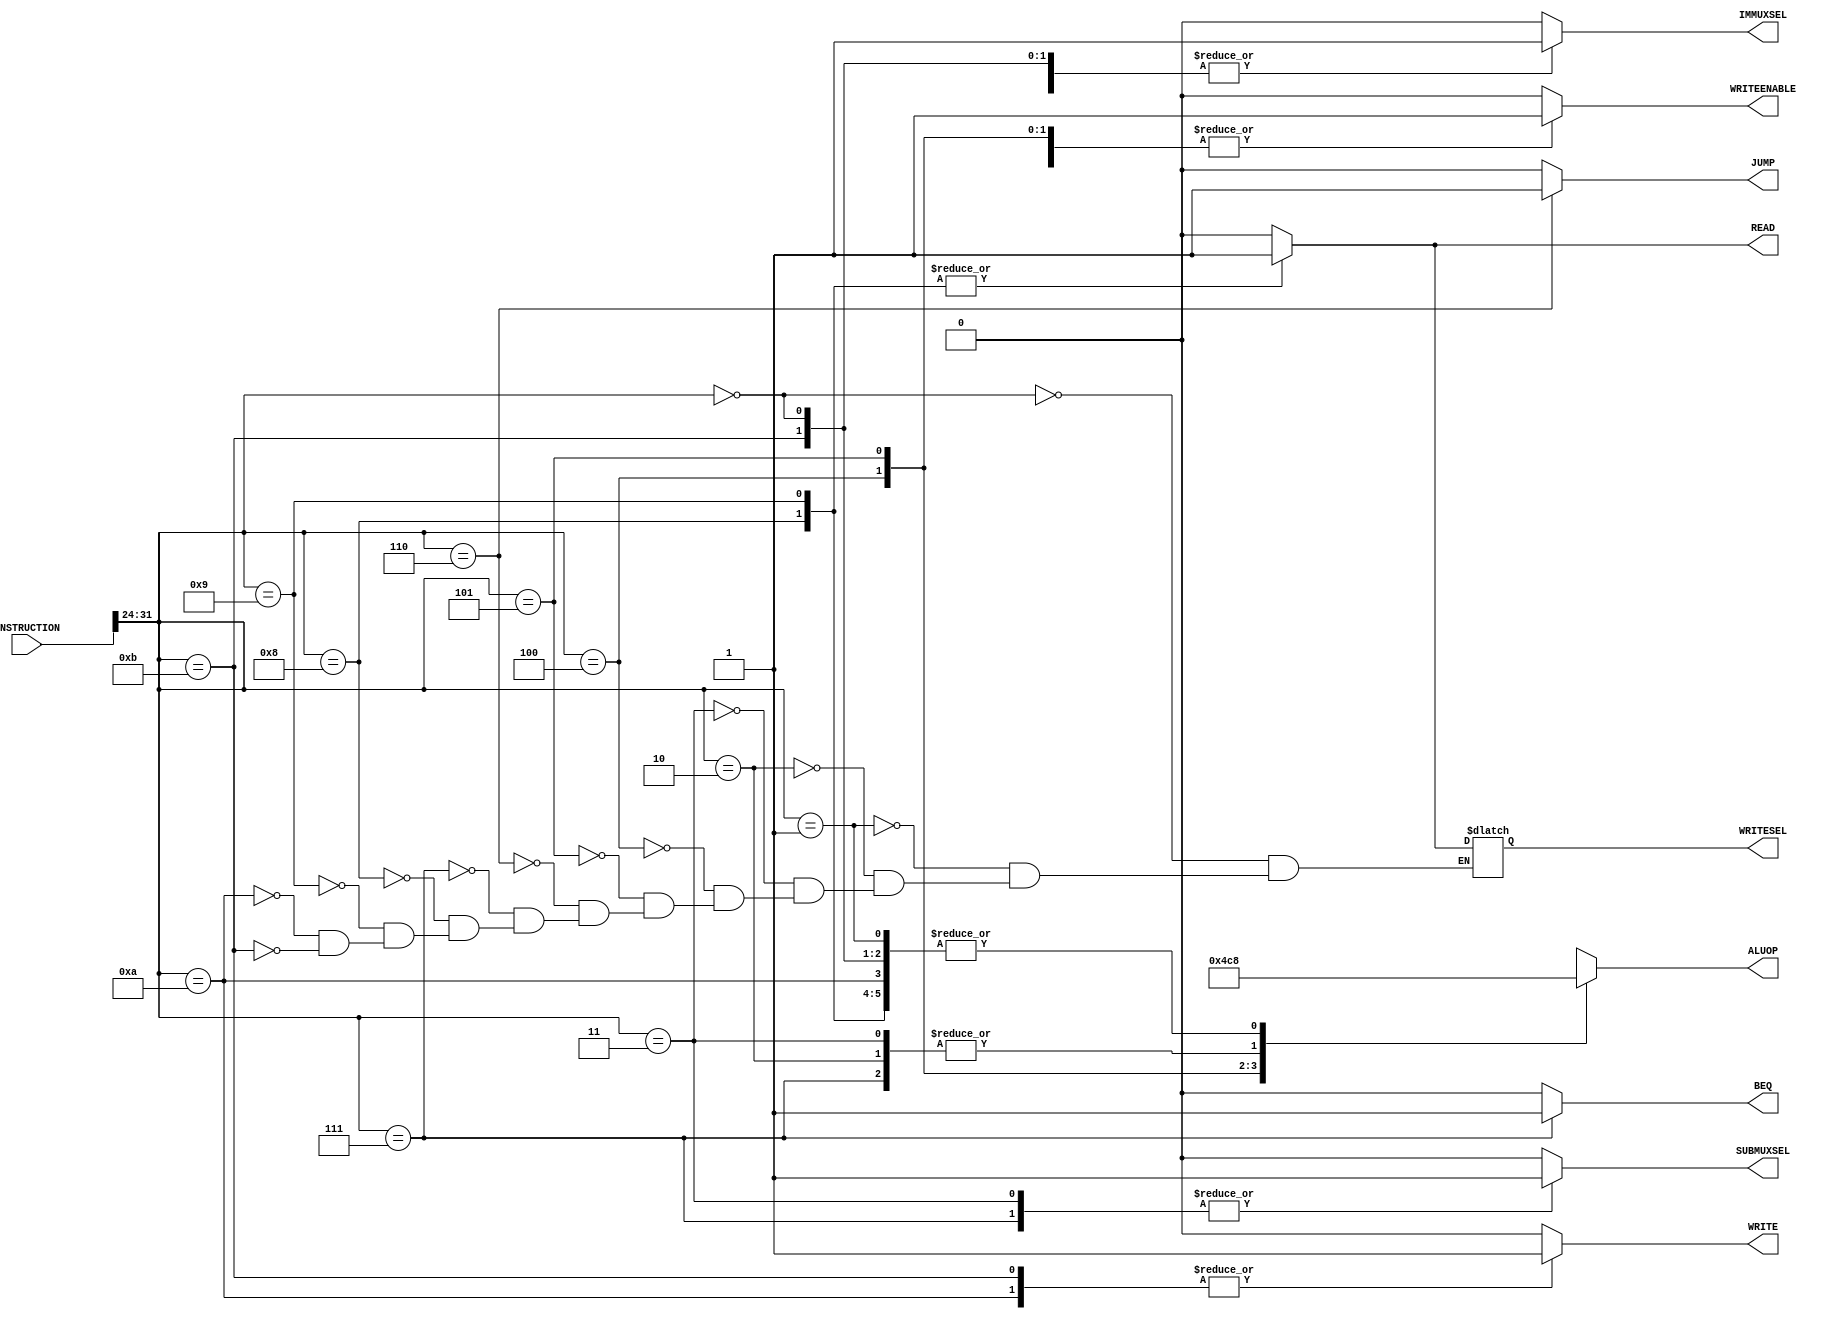
// Computer Architecture (CO224) - Lab 05
// Design: control unit of Simple Processor

module control_unit(INSTRUCTION, ALUOP, WRITEENABLE, SUBMUXSEL, IMMUXSEL, JUMP, BEQ, READ, WRITE, WRITESEL);

     //ports declaration
    input [31:0]INSTRUCTION;           
    output reg [2:0]ALUOP;               //initialize outputs
    output reg WRITEENABLE, SUBMUXSEL, IMMUXSEL, JUMP, BEQ, READ, WRITE, WRITESEL;
    
    //here according to the opcode operation write enable(WRITEENABLE) and multiplexer selections(SUBMUXSEL,IMMUXSEL) are outputing all ALUOP are given in pdf
    //here JUMP and BEQ are for j and beq

    always @ (*)//to run always depending on all
    begin
         #1;//1 time unit is given to this
         READ=1'b0; WRITE=1'b0;//initializing 
 
         case(INSTRUCTION[31:24])
              8'b00000000:
	      begin 
		   ALUOP = 3'b000;
		   WRITEENABLE = 1;//write enable is done//
		   SUBMUXSEL = 0;//no 2's complement is happen
	           IMMUXSEL = 1;// for loadi to get immediate value
                   JUMP = 0;
                   BEQ = 0;
                   READ = 0;
                   WRITE = 0;
                   WRITESEL = 0;//to select which signal is sent to the register write
	      end               //following are also same as enabling and not enabling
              8'b00000001: 
	      begin
		   ALUOP = 3'b000;
		   WRITEENABLE = 1;//
		   SUBMUXSEL = 0;
	           IMMUXSEL = 0;
                   JUMP = 0;
                   BEQ = 0;
                   READ = 0;
                   WRITE = 0;
                   WRITESEL = 0;
	      end
              8'b00000010: 
	      begin
		   ALUOP = 3'b001;
		   WRITEENABLE = 1;//
		   SUBMUXSEL = 0;
	           IMMUXSEL = 0;
                   JUMP = 0;
                   BEQ = 0;
                   READ = 0;
                   WRITE = 0;
                   WRITESEL = 0;
	      end
              8'b00000011: 
              begin
		   ALUOP = 3'b001;
		   WRITEENABLE = 1;//
		   SUBMUXSEL = 1;// for subtract to get 2's complement value
	           IMMUXSEL = 0;
                   JUMP = 0;
                   BEQ = 0;
                   READ = 0;
                   WRITE = 0;
                   WRITESEL = 0;
	      end
	      8'b00000100: 
              begin
		   ALUOP = 3'b010;
		   WRITEENABLE = 1;//
		   SUBMUXSEL = 0;
	           IMMUXSEL = 0;
                   JUMP = 0;
                   BEQ = 0;
                   READ = 0;
                   WRITE = 0;
                   WRITESEL = 0;
	      end
              8'b00000101: 
              begin
		   ALUOP = 3'b011;
		   WRITEENABLE = 1;//
		   SUBMUXSEL = 0;
	           IMMUXSEL = 0;
                   JUMP = 0;
                   BEQ = 0;
                   READ = 0;
                   WRITE = 0;
                   WRITESEL = 0;
	      end
              8'b00000110: //for jump
              begin
		   ALUOP = 3'bX;//for jump no alu opcode is given and it is don't care
		   WRITEENABLE = 0;//
		   SUBMUXSEL = 0;
	           IMMUXSEL = 0;
                   JUMP = 1;
                   BEQ = 0;
                   READ = 0;
                   WRITE = 0;
                   WRITESEL = 0;
	      end
              8'b00000111: //for branch if equal
              begin
		   ALUOP = 3'b001;
		   WRITEENABLE = 0;//
		   SUBMUXSEL = 1;//to check two registers are same subtraction is allowed
	           IMMUXSEL = 0;
                   JUMP = 0;
                   BEQ = 1;
                   READ = 0;
                   WRITE = 0;
                   WRITESEL = 0;
	      end
////////////////////////////////////////////////////////////////////////////////////////////////////////////////// new signals for lab6
              8'b00001000: //for lwd
              begin
		   ALUOP = 3'b000;
		   WRITEENABLE = 1;
		   SUBMUXSEL = 0;//to check two registers are same subtraction is allowed
	           IMMUXSEL = 0;
                   JUMP = 0;
                   BEQ = 0;
                   READ = 1;
                   WRITE = 0;
                   WRITESEL = 1;
	      end
              8'b00001001: //for lwi
              begin
		   ALUOP = 3'b000;
		   WRITEENABLE = 1;//
		   SUBMUXSEL = 0;//to check two registers are same subtraction is allowed
	           IMMUXSEL = 1;
                   JUMP = 0;
                   BEQ = 0;
                   READ = 1;
                   WRITE = 0;
                   WRITESEL = 1;
	      end
              8'b00001010: //for swd
              begin
		   ALUOP = 3'b000;
		   WRITEENABLE = 0;//
		   SUBMUXSEL = 0;//to check two registers are same subtraction is allowed
	           IMMUXSEL = 0;
                   JUMP = 0;
                   BEQ = 0;
                   READ = 0;
                   WRITE = 1;
                   WRITESEL = 0;
	      end
              8'b00001011: //for swi
              begin
		   ALUOP = 3'b000;
		   WRITEENABLE = 0;
		   SUBMUXSEL = 0;//to check two registers are same subtraction is allowed
	           IMMUXSEL = 1;
                   JUMP = 0;
                   BEQ = 0;
                   READ = 0;
                   WRITE = 1;
                   WRITESEL = 0;
	      end
//////////////////////////////////////////////////////////////////////////////////////////////////////////////////
              default   : 
	      begin
	           ALUOP = 3'bX;//these are for other reserved controls
		   WRITEENABLE = 0;
		   SUBMUXSEL = 0;
	           IMMUXSEL = 0;
                   JUMP = 0;
                   BEQ = 0;	
                   READ = 0;
                   WRITE = 0; 
	      end 
        endcase  
    end
endmodule